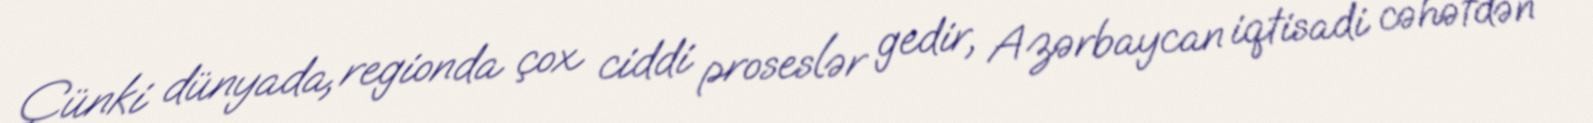
Çünki dünyada, regionda çox ciddi proseslər gedir, Azərbaycan iqtisadi cəhətdən